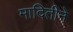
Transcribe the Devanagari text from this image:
मादितीने